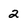
Character: 2